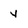
Character: y